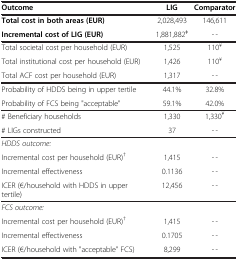
<table><thead><tr><td><b>Outcome</b></td><td><b>LIG</b></td><td><b>Comparator</b></td></tr></thead><tbody><tr><td><b>Total cost in both areas (EUR)</b></td><td>2,028,493</td><td>146,611</td></tr><tr><td><b>Incremental cost of LIG (EUR)</b></td><td>1,881,882<sup>ǂ</sup></td><td>-?€-</td></tr><tr><td>Total societal cost per household (EUR)</td><td>1,525</td><td>110<sup>¥</sup></td></tr><tr><td>Total institutional cost per household (EUR)</td><td>1,426</td><td>110<sup>¥</sup></td></tr><tr><td>Total ACF cost per household (EUR)</td><td>1,317</td><td>-?€-</td></tr><tr><td>Probability of HDDS being in upper tertile</td><td>44.1%</td><td>32.8%</td></tr><tr><td>Probability of FCS being &quot;acceptable&quot;</td><td>59.1%</td><td>42.0%</td></tr><tr><td># Beneficiary households</td><td>1,330</td><td>1,330<sup>¥</sup></td></tr><tr><td># LIGs constructed</td><td>37</td><td>-?€-</td></tr><tr><td><i>HDDS outcome:</i></td><td> </td><td> </td></tr><tr><td>Incremental cost per household (EUR)<sup>†</sup></td><td>1,415</td><td>-?€-</td></tr><tr><td>Incremental effectiveness</td><td>0.1136</td><td>-?€-</td></tr><tr><td>ICER (€/household with HDDS in upper tertile)</td><td>12,456</td><td>-?€-</td></tr><tr><td><i>FCS outcome:</i></td><td> </td><td> </td></tr><tr><td>Incremental cost per household (EUR)<sup>†</sup></td><td>1,415</td><td>-?€-</td></tr><tr><td>Incremental effectiveness</td><td>0.1705</td><td>-?€-</td></tr><tr><td>ICER (€/household with &quot;acceptable&quot; FCS)</td><td>8,299</td><td>-?€-</td></tr></tbody></table>